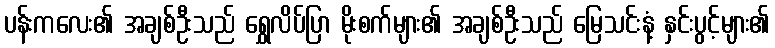
ပန်းကလေး၏ အချစ်ဦးသည် ရွှေလိပ်ပြာ မိုးစက်များ၏ အချစ်ဦးသည် မြေသင်းနံ့ နှင်းပွင့်များ၏